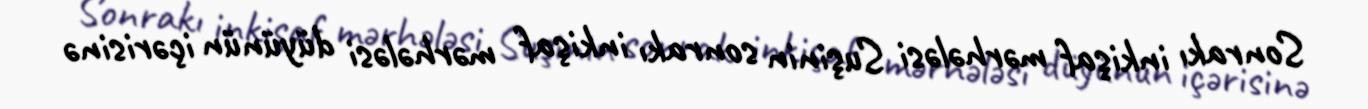
Sonrakı inkişaf mərhələsi Suşinin sonrakı inkişaf mərhələsi düyünün içərisinə